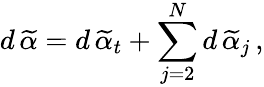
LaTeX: d\, \widetilde{\alpha}=d\, \widetilde{\alpha}_{t}+\sum_{j=2}^{N}d\, \widetilde{\alpha}_{j}\, ,